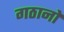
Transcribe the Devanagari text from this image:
गठानों